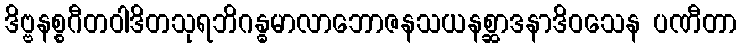
ဒိဗ္ဗနစ္စဂီတဝါဒိတသုရဘိဂန္ဓမာလာဘောဇနသယနစ္ဆာဒနာဒိဝသေန ပဏီတာ